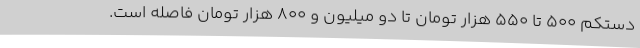
دستکم 500 تا 550 هزار تومان تا دو میلیون و 800 هزار تومان فاصله است.